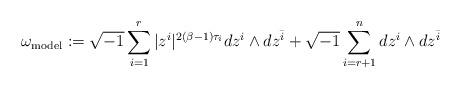
LaTeX: \begin{align*}\omega_{\rm model}:=\sqrt{-1}\sum_{i =1}^r |z^i|^{2(\beta-1)\tau_i} dz^i \wedge dz^{\bar{i}}+\sqrt{-1}\sum_{i=r+1}^n dz^i \wedge dz^{\bar{i}}\end{align*}